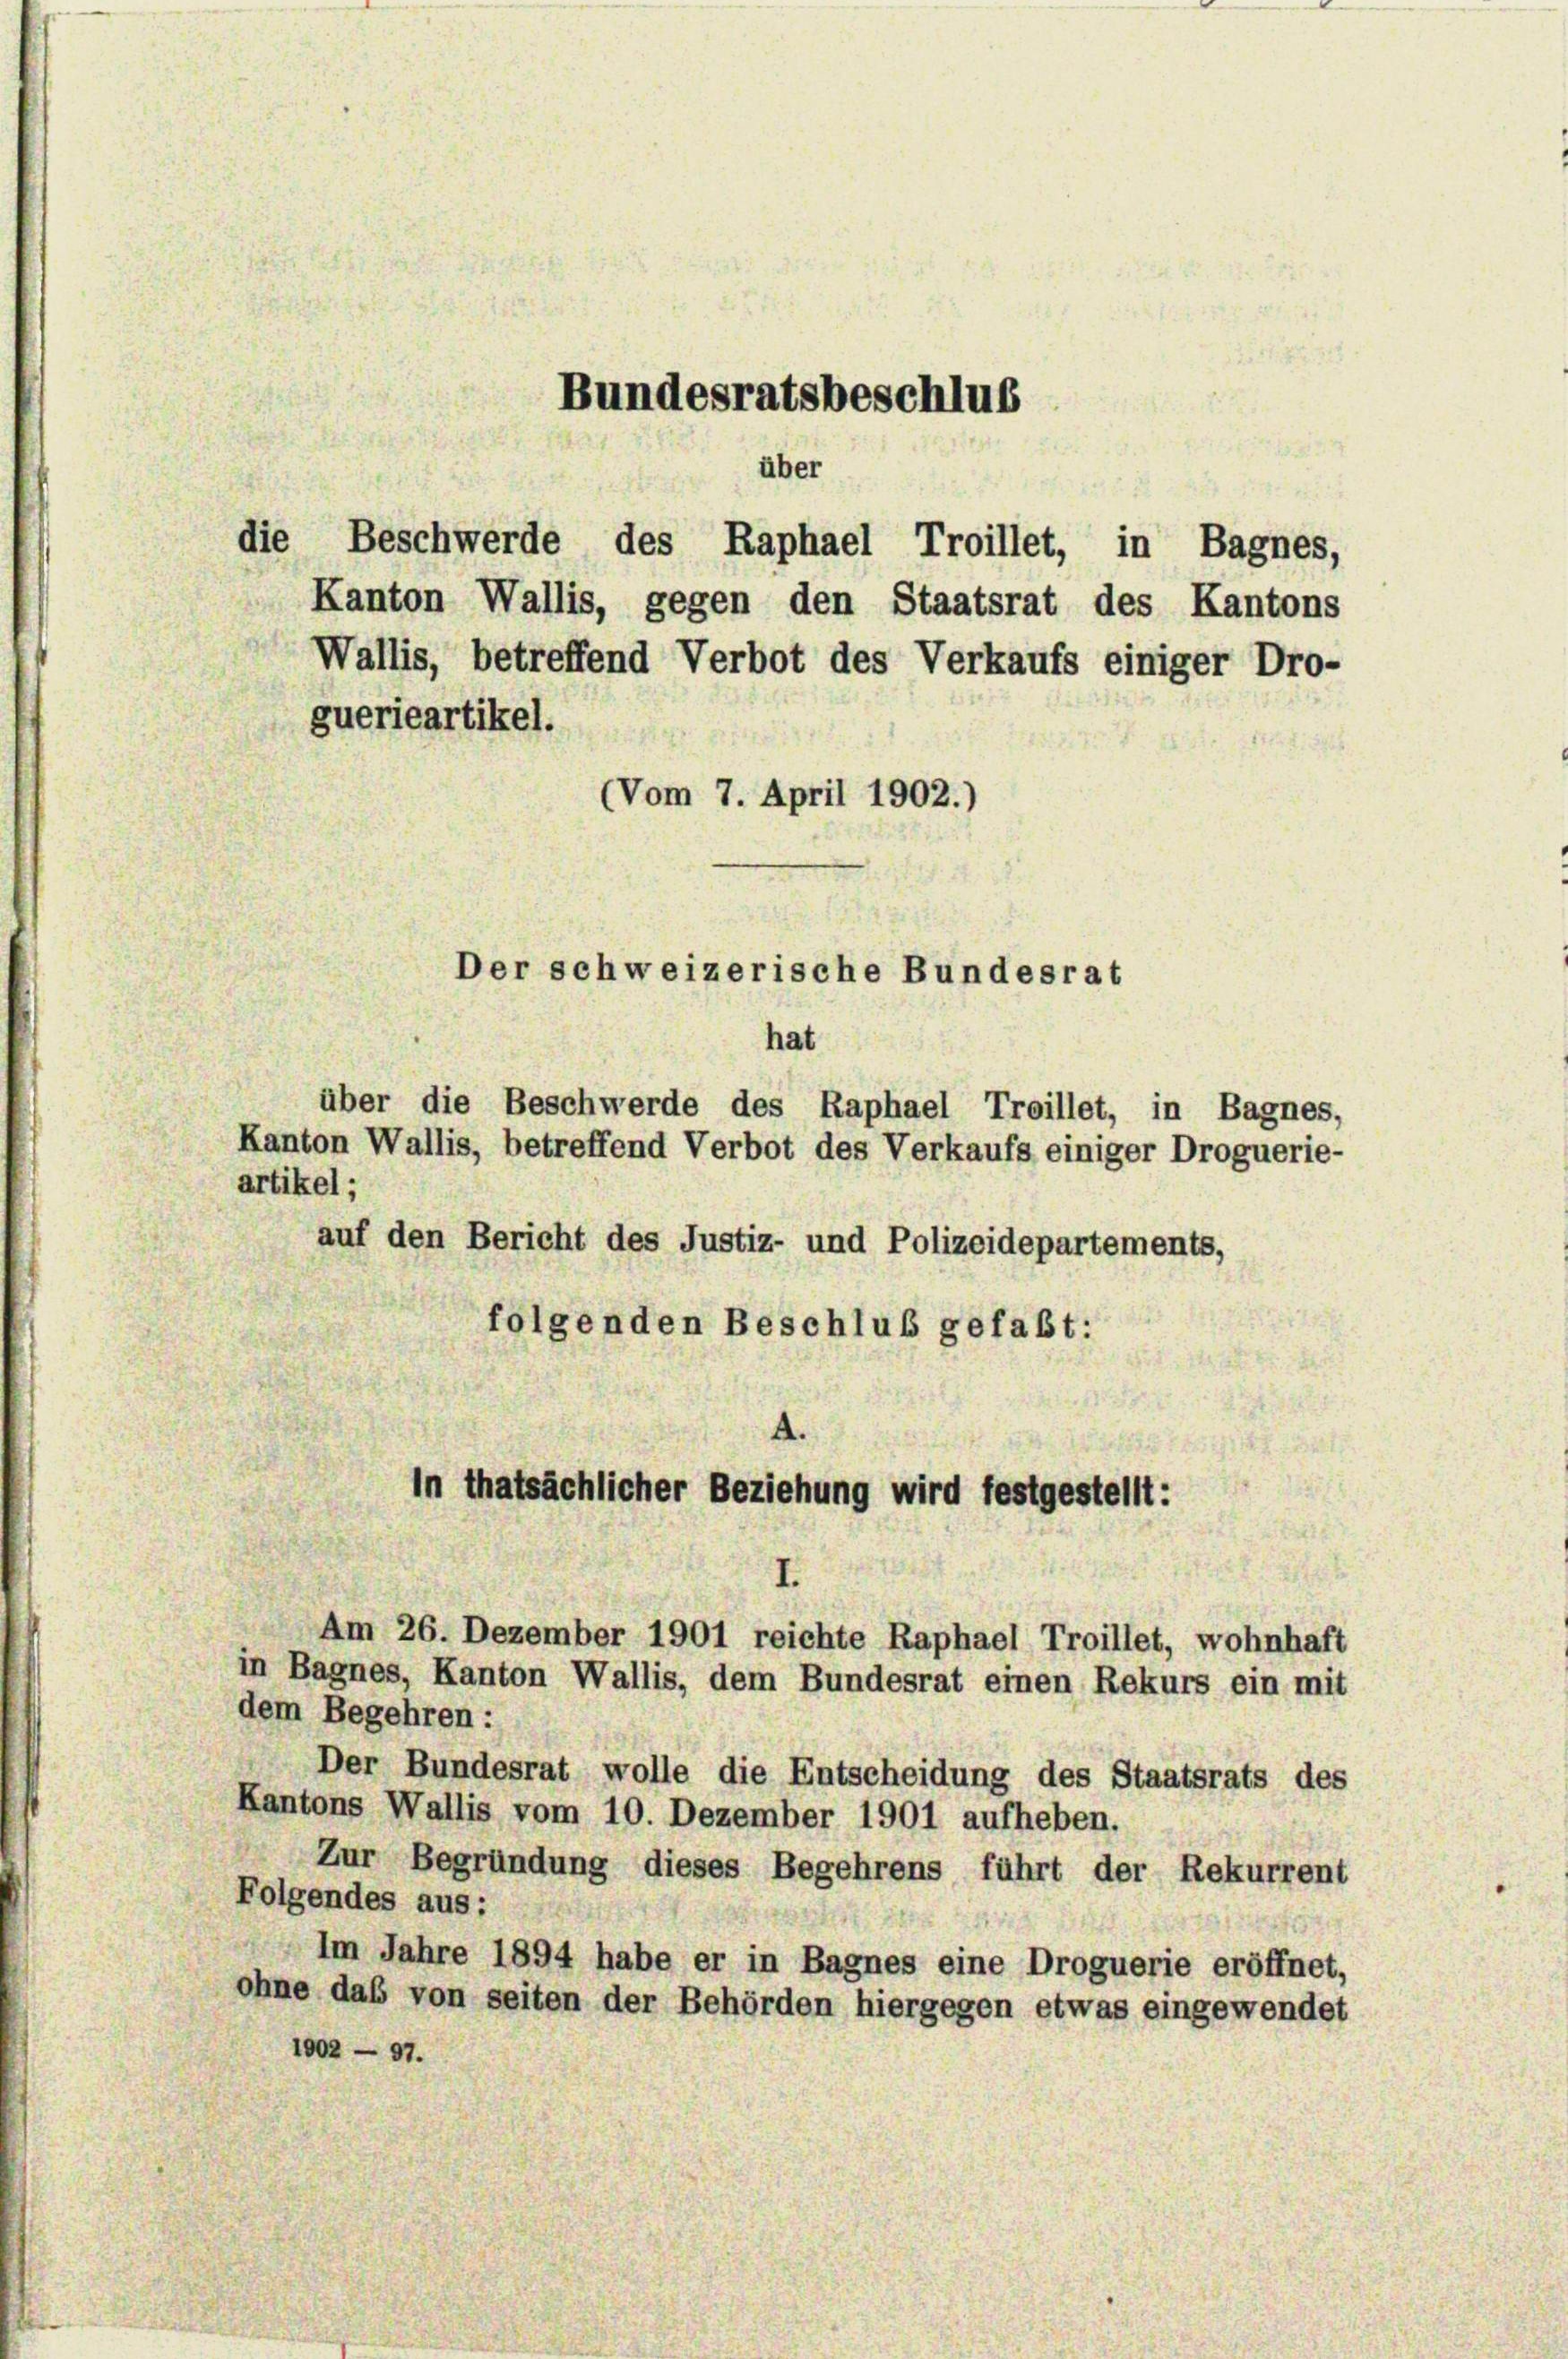
hat
über die Beschwerde des Raphael Treillet, in Bagnes,
Kanton Wallis, betreffend Verbot des Verkaufs einiger Droguerie-
artikel;
auf den Bericht des Justiz- und Polizeidepartements,
folgenden Beschluß gefaßt:
in thatsächlicher Beziehung wird festgestellt:
Am 26. Dezember 1901 reichte Raphael Troillet, wohnhaft
in Bagnes, Kanton Wallis, dem Bundesrat einen Rekurs ein mit
dem Begehren:
Der Bundesrat wolle die Entscheidung des Staatsrats des
Kantons Wallis vom 10. Dezember 1901 aufheben.
Zur Begründung dieses Begehrens führt der Rekurrent
Folgendes aus:
Im Jahre 1894 habe er in Bagnes eine Droguerie eröffnet,
ohne das von seiten der Behörden hiergegen etwas eingewendet
1002 - 97.

Bundesratsbeschlus
über
die
Beschwerde des Raphael Troillet, in Bagnes,
Kanton Wallis, gegen den Staatsrat des Kantons
Wallis, betreffend Verbot des Verkaufs einiger Dro-
guerieartikel.
(Vom 7. April 1902.)

Der schweizerische Bundesrat